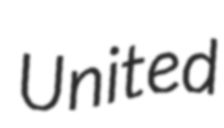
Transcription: United